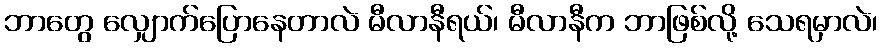
ဘာတွေ လျှောက်ပြောနေတာလဲ မီလာနီရယ်၊ မီလာနီက ဘာဖြစ်လို့ သေရမှာလဲ၊